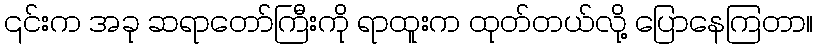
၎င်းက အခု ဆရာတော်ကြီးကို ရာထူးက ထုတ်တယ်လို့ ပြောနေကြတာ။